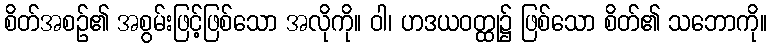
စိတ်အစဉ်၏ အစွမ်းဖြင့်ဖြစ်သော အလိုကို။ ဝါ၊ ဟဒယဝတ္ထု၌ ဖြစ်သော စိတ်၏ သဘောကို။